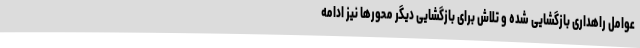
عوامل راهداری بازگشایی شده و تلاش برای بازگشایی دیگر محورها نیز ادامه